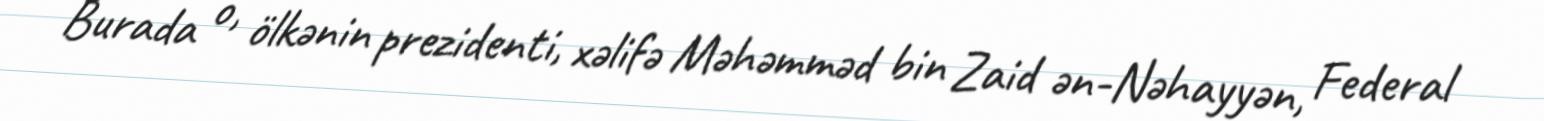
Burada o, ölkənin prezidenti, xəlifə Məhəmməd bin Zaid ən-Nəhayyən, Federal